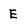
Character: E